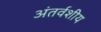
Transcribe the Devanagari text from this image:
अंतर्वशीय